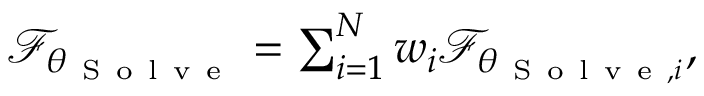
\begin{array} { r } { \mathcal { F } _ { \theta _ { \mathrm { ~ S ~ o ~ l ~ v ~ e ~ } } } = \sum _ { i = 1 } ^ { N } w _ { i } \mathcal { F } _ { \theta _ { \mathrm { ~ S ~ o ~ l ~ v ~ e ~ } , i } } , } \end{array}